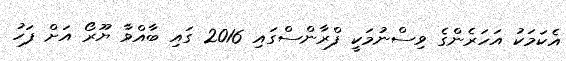
އެކަމަކު އަހަރެންގެ ވިސްނުމަކީ ފްރާންސްގައި 2016 ގައި ބާއްވާ ޔޫރޯ އަށް ފަހު